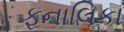
ફનાલિકા